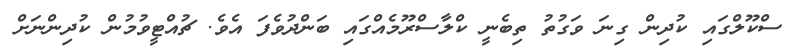
ސްކޫލްގައި ކުދިން ގިނަ ވަގުތު ތިބެނީ ކްލާސްރޫމެއްގައި ބަންދުވެފަ އެވެ. ޗުއްޓީވުމުން ކުދިންނަށް